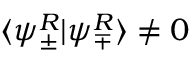
\langle \psi _ { \pm } ^ { R } | \psi _ { \mp } ^ { R } \rangle \neq 0